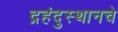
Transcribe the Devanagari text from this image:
द्रहंदुस्थानचे